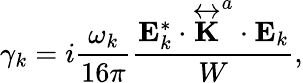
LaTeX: \gamma_{k}=i\frac{\omega_{k}}{16\pi}\frac{\mathbf{{E}}_{k}^{\ast}\cdot\overleftrightarrow{\mathbf{K}}^{a}\cdot\mathbf{{E}}_{k}}{W},